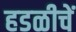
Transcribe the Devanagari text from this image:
हडळीचें